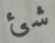
شئ